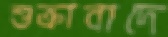
শুক্রাবাদে